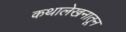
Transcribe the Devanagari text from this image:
कथालेखनातून